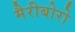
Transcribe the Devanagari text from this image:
मैरीबोरो